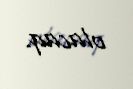
olacaq.